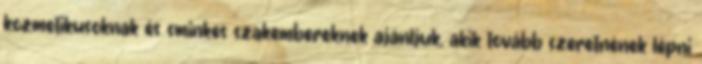
kozmetikusoknak és sminkes szakembereknek ajánljuk, akik tovább szeretnének lépni